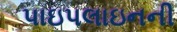
પાઇપલાઇનની